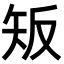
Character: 𥎮